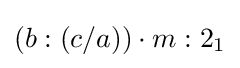
(b:(c/a))\cdot m:2_{1}